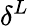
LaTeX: \delta^{L}